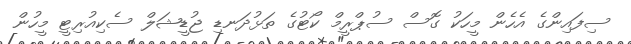
ސިފައިންގެ އެހެން މީހަކު ގޮސް ސުޕްރީމް ކޯޓުގެ ތަޅުދަނޑި ޖުޑީޝަލް ސެކިއުރިޓީ މީހުން